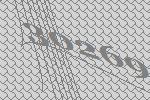
30269